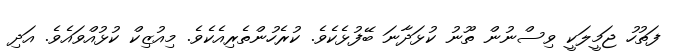
ފަތުހު ޖަމީލަކީ ވިސްނުން ތޫނު ކުޅަދާނަ ބޭފުޅެކެވެ. ކުރެހުންތެރިއެކެވެ. މިއުޒިކް ކުޅުއްވައެވެ. އަދި